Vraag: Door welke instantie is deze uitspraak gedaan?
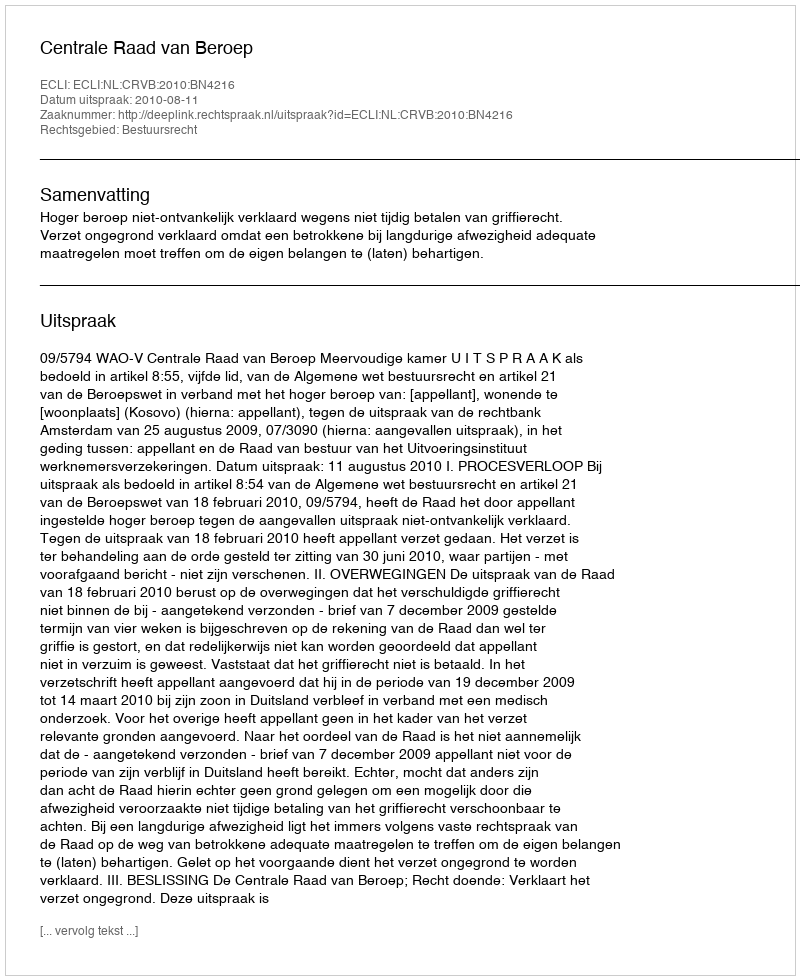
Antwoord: Centrale Raad van Beroep